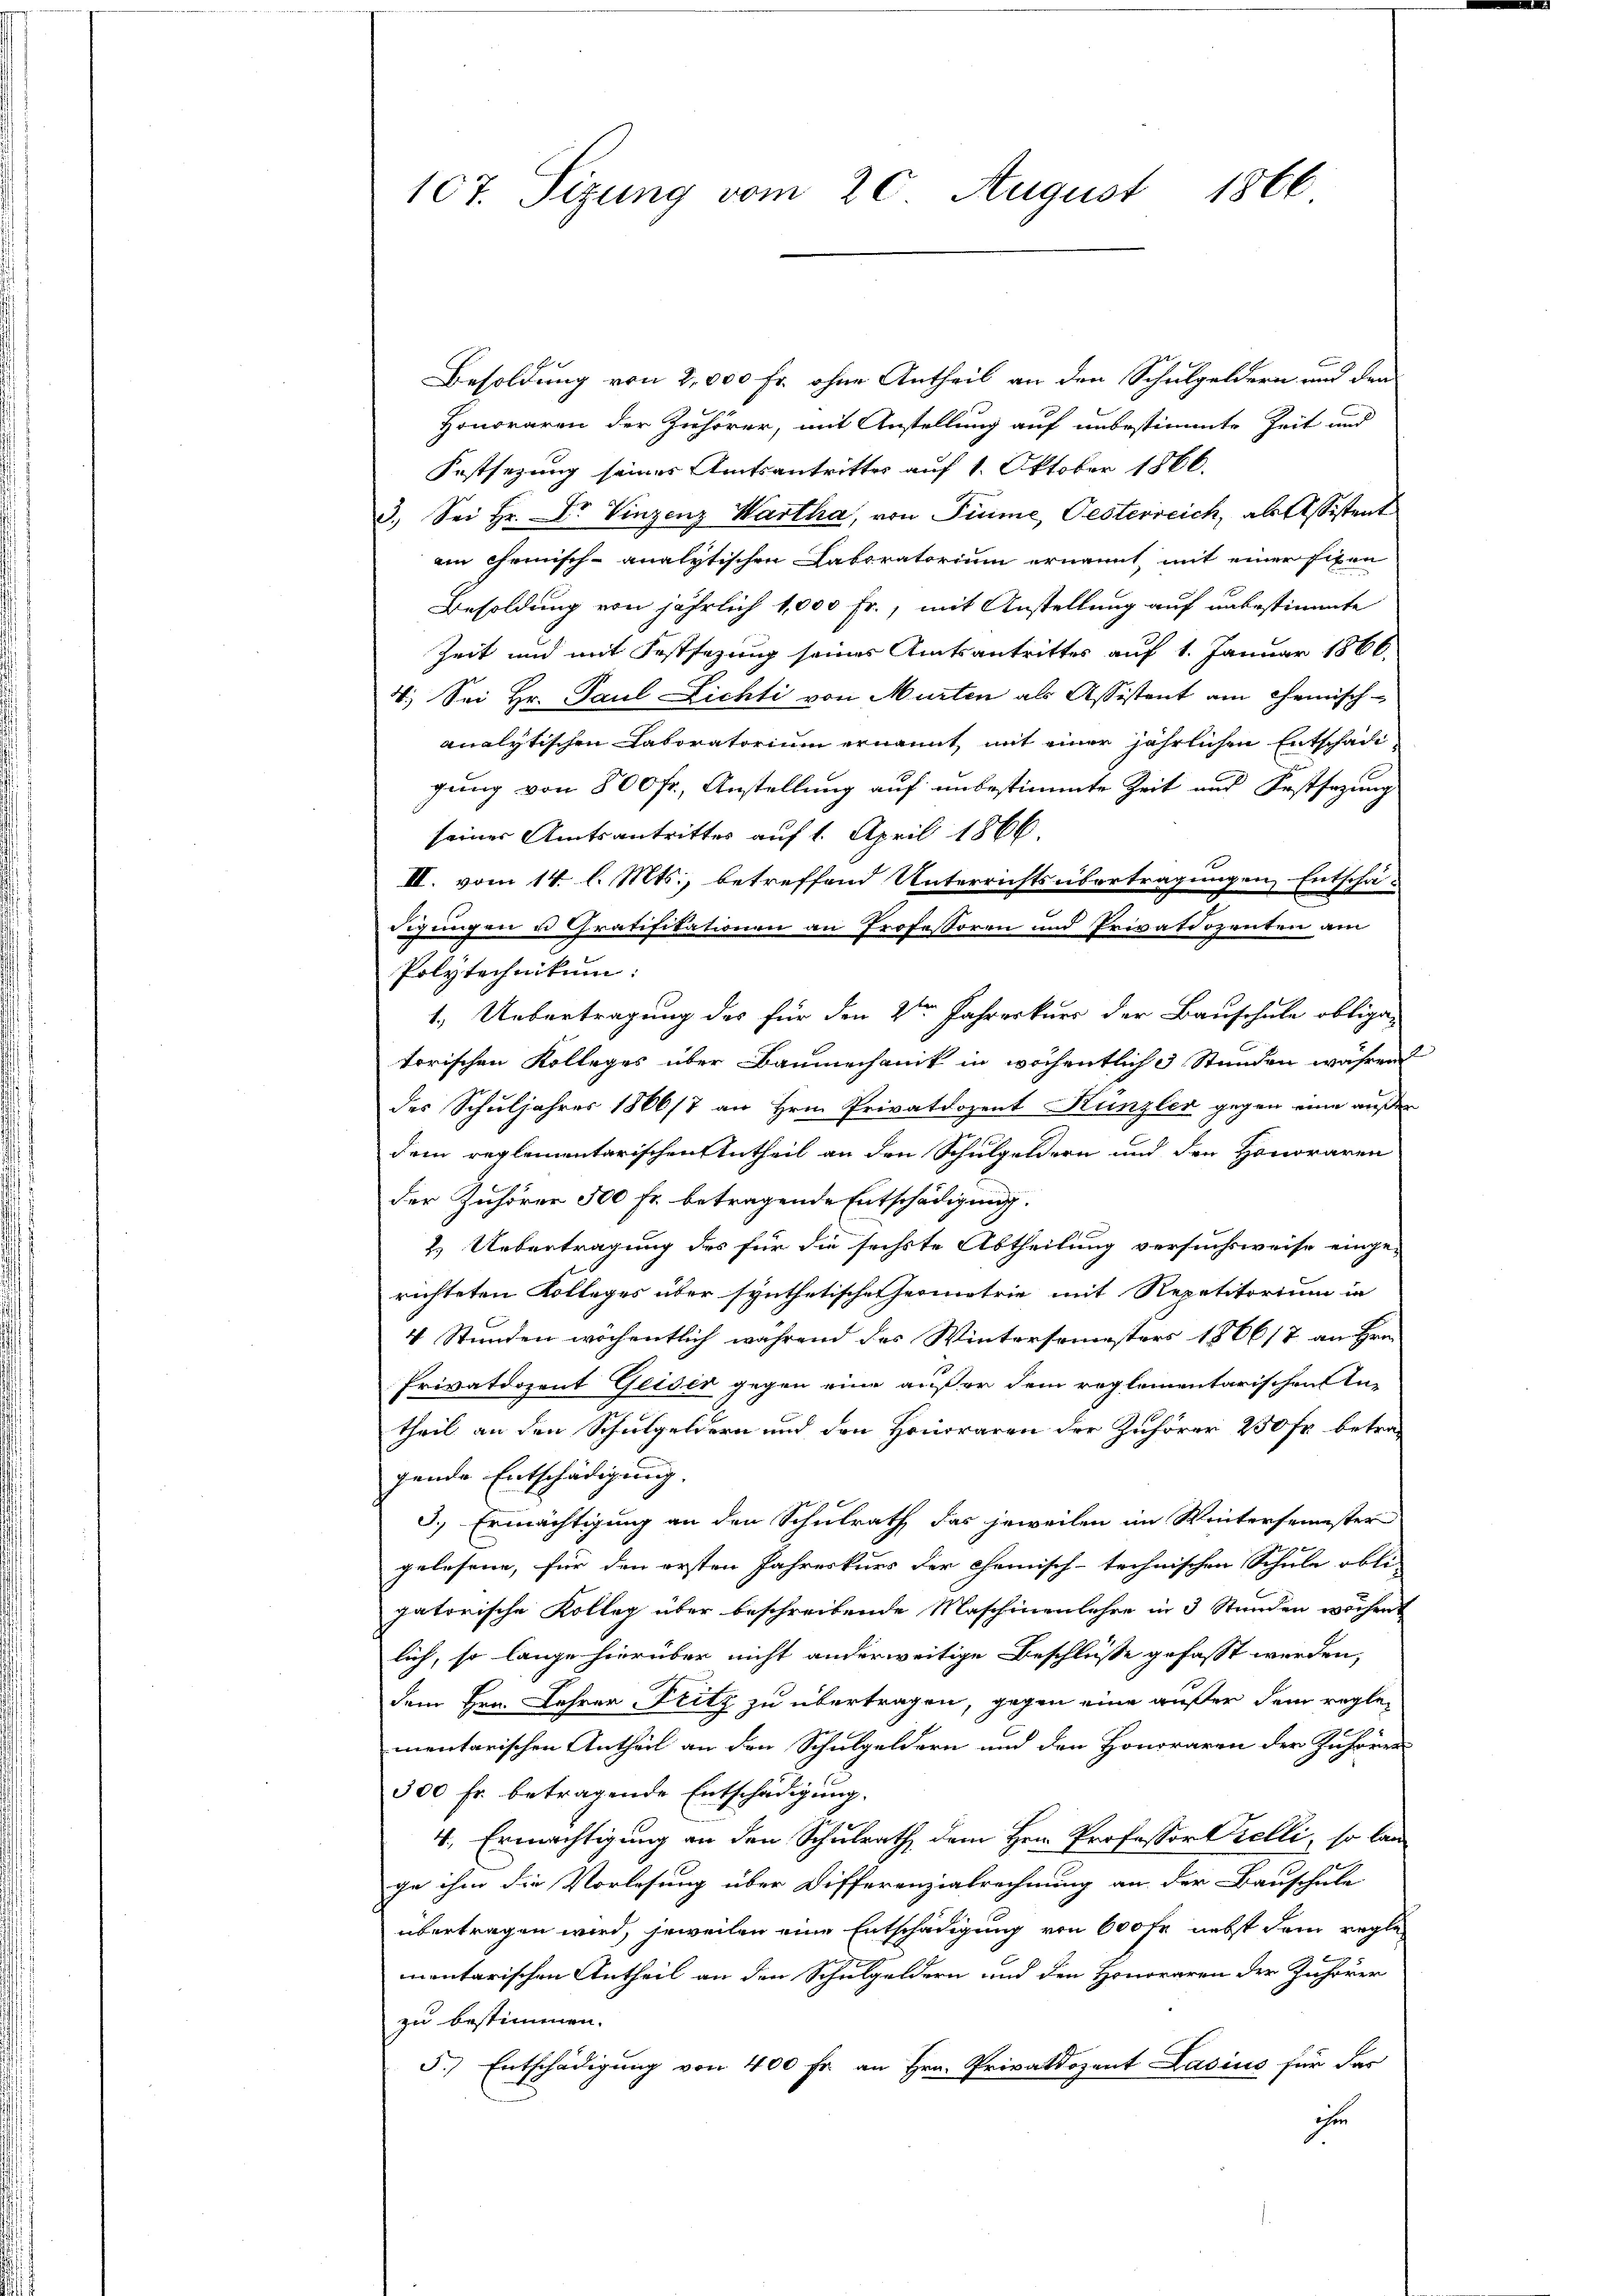
107. Sizung vom 20. August 1866

Besoldung von 2,000 Fr. ohne Antheil an den Schulgeldern und den
Honoraren der Zuhörer, mit Anstellung auf unbestimmte Zeit und
Festsezung seines Amtsantritter auf 1. Oktober 1866.
3.) Sei Hr. Dr. Vinzenz Wartha, von Sinne, Oesterreich, als Assistent
ain chemisch-analytischen Laboratorium ernannt, mit einer Eisen
Besoldung von jährlich 1,000 Fr., mit Anstellung auf unbestimmte
Zeit und mit Festsezung seines Amtsantrittes auf 1. Januar 1866.
4. Sei Hr. Paul Lichti von Murten als Assistent am Chemisch-
analytischen Laboratorium ernannt, mit einer jährlichen Entschädi
gung von 800 fr., Anstellung auf unbestimmte Zeit und Festsezung
seiner Amtsantrittes auf 1. April 1866.
III. vom 14. l. Mts., betreffend Unterrichtsübertragungen Entschä-
digungen u Gratifikationen an Professoren und Privatdozenten am
Polytechnikum:
1.) Uebertragung des für den 2ten Jahreskurs der Bauschule obliga-
torischen Kolleges über Baumechanik in wöchentliche Stunden währen
des Schuljahres 1866/7 an Hrn. Privatdozent Künzler gegen eine außer
dem reglementarischen Antheil an den Schulgeldern und den Honoraren
der Zuhörer 500 fr. betragende Entschädigung.
2.) Uebertragung des für die sechste Abtheilung versuchsweise einge-
richteten Kollages über synthetischen Hermetrie mit Repetitorium in
4 Stunden wöchentlich während des Wintersemesters 1866/7 an Hrn.
Privatdozent Glider gegen eine außer dem reglementarischen Intheil an den Schulgeldern und den Honoraren der Zuhörer 250 fr. betragende Entschädigung.
3.) Ermächtigung an den Schulrath das jeweilen im Wintersemester
gelesene, für den ersten Jahreskurs der Chemisch-technischen Schule obli-
gatorische Kolleg über beschreibende Maschinenlehre in 3 Stunden wöchent
lich, so lange hierüber nicht anderweitige Beschlüsse gefasst werden,
dem Hrn. Lehrer Fritz zu übertragen, gegen eine außer dem reglementarischen Antheil an den Schulgeldern und den Honoraren der Zuhörer
300 Fr. betragende Entschädigung.
4., Ermächtigung an den Schulrath dem Hrn. Professor Zielli, so lan
ge ihm die Vorlesung über Differenzialrechnung an der Bauschule
übertragen wird, jeweilen eine Entschädigung von 600 fr. nebst dem regle
mentarischen Antheil an den Schulgeldern und den Honoraren der Zuhörer
zu bestimmen.
5.) Entschädigung von 400 fr. an Hrn. Privatdozent Lasius für das
ihe